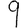
Digit: 9